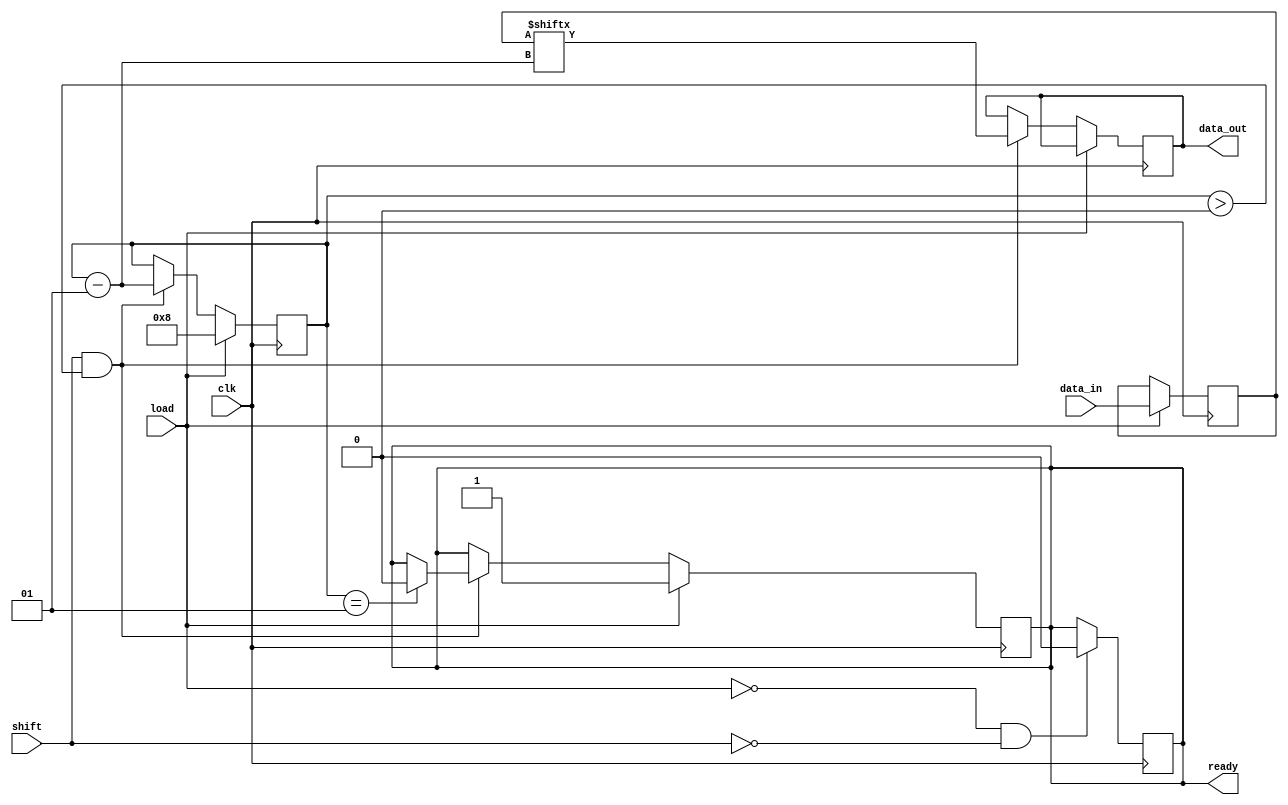
module PISO_Register #(
    parameter n = 8 // Width of the register
)(
    input wire clk,               // Clock signal
    input wire load,              // Load control signal
    input wire shift,             // Shift control signal
    input wire [n-1:0] data_in,   // Parallel input data bus
    output reg data_out,          // Serial output data line
    output reg ready              // Ready signal (optional)
);

    reg [n-1:0] shift_reg;        // Shift register to hold the data
    integer count;                // Counter for shifting

    // Asynchronous reset (optional)
    always @(posedge clk) begin
        if (load) begin
            shift_reg <= data_in; // Load data into shift register
            count <= n;           // Reset counter to the width of the register
            ready <= 1'b1;        // Indicate that the register is ready
        end else if (shift && count > 0) begin
            data_out <= shift_reg[count - 1]; // Shift out the next bit
            count <= count - 1; // Decrement the counter
            if (count == 1) begin
                ready <= 1'b0; // Indicate that the register is no longer ready
            end
        end
    end

    // Optional: Reset functionality
    always @(posedge clk) begin
        if (!load && !shift) begin
            ready <= 1'b0; // Reset ready signal when neither load nor shift is active
        end
    end

endmodule